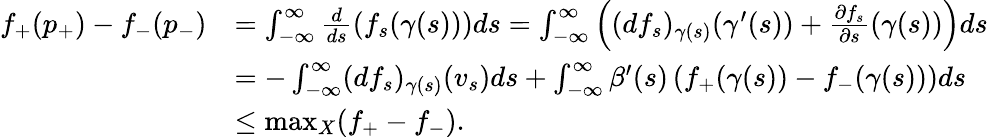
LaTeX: \begin{array}{rl}{f_{+}(p_{+})-f_{-}(p_{-})}&{=\int_{-\infty}^{\infty}\frac{d}{ds}(f_{s}(\gamma(s)))ds=\int_{-\infty}^{\infty}\left((df_{s})_{\gamma(s)}(\gamma^{\prime}(s))+\frac{\partial f_{s}}{\partial s}(\gamma(s))\right)ds}\\ &{=-\int_{-\infty}^{\infty}(df_{s})_{\gamma(s)}(v_{s})ds+\int_{-\infty}^{\infty}\beta^{\prime}(s)\left(f_{+}(\gamma(s))-f_{-}(\gamma(s))\right)ds}\\ &{\leq\operatorname*{max}_{X}(f_{+}-f_{-}).}\end{array}